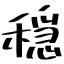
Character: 穏